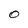
Character: O